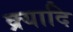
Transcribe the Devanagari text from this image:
क्र्यादि